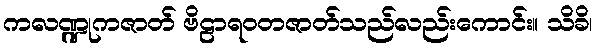
ကလဏ္ဍုကဇာတ် ဗိဠာရဝတဇာတ်သည်လည်းကောင်း။ သိခိ၊